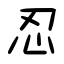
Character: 忍